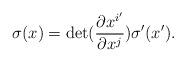
LaTeX: \begin{align*}\sigma (x)=\det (\dfrac{\partial x^{i^{\prime }}}{\partial x^{j}})\sigma^{\prime }(x^{\prime }). \end{align*}